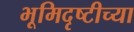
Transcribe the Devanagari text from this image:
भूमिदृष्टीच्या